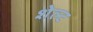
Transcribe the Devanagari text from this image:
शेल्ट